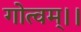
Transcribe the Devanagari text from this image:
गोत्वम्।।